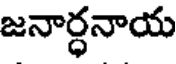
జనార్ధనాయ